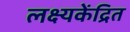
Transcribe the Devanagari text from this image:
लक्ष्यकेंद्रित